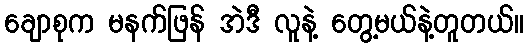
ချောစုက မနက်ဖြန် အဲဒီ လူနဲ့ တွေ့မယ်နဲ့တူတယ်။